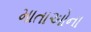
માતાઓના